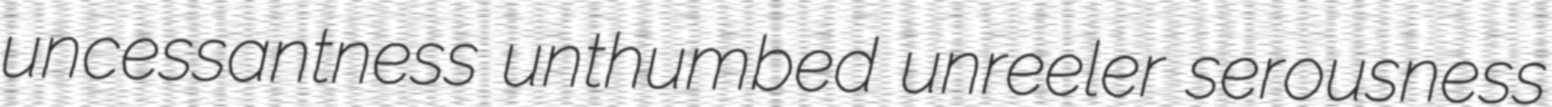
uncessantness unthumbed unreeler serousness